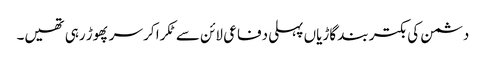
دشمن کی بکتر بند گاڑیاں پہلی دفاعی لائن سے ٹکرا کر سر پھوڑ رہی تھیں۔